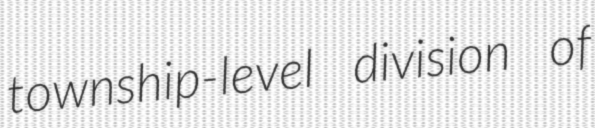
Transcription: township-level division of